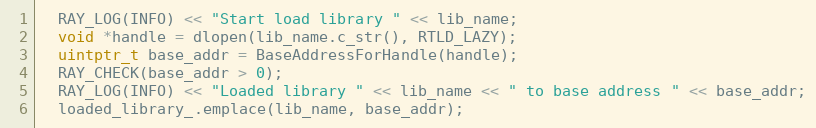
Language: C++
  RAY_LOG(INFO) << "Start load library " << lib_name;
  void *handle = dlopen(lib_name.c_str(), RTLD_LAZY);
  uintptr_t base_addr = BaseAddressForHandle(handle);
  RAY_CHECK(base_addr > 0);
  RAY_LOG(INFO) << "Loaded library " << lib_name << " to base address " << base_addr;
  loaded_library_.emplace(lib_name, base_addr);